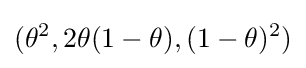
(\theta ^{2},2\theta (1-\theta ),(1-\theta )^{2})